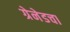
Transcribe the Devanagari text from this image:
ग्रेनेडचा